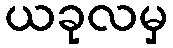
ယခုလမှ